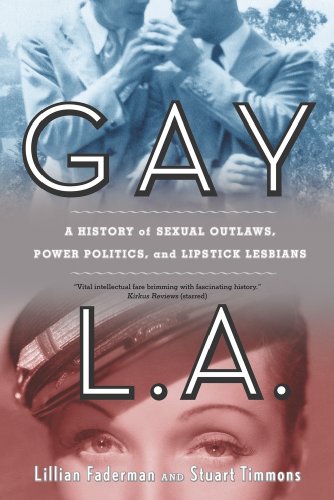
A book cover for Gay L.A.: A History of Sexual Outlaws, Power Politics, and Lipstick Lesbians; Lillian Faderman; Gay & Lesbian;